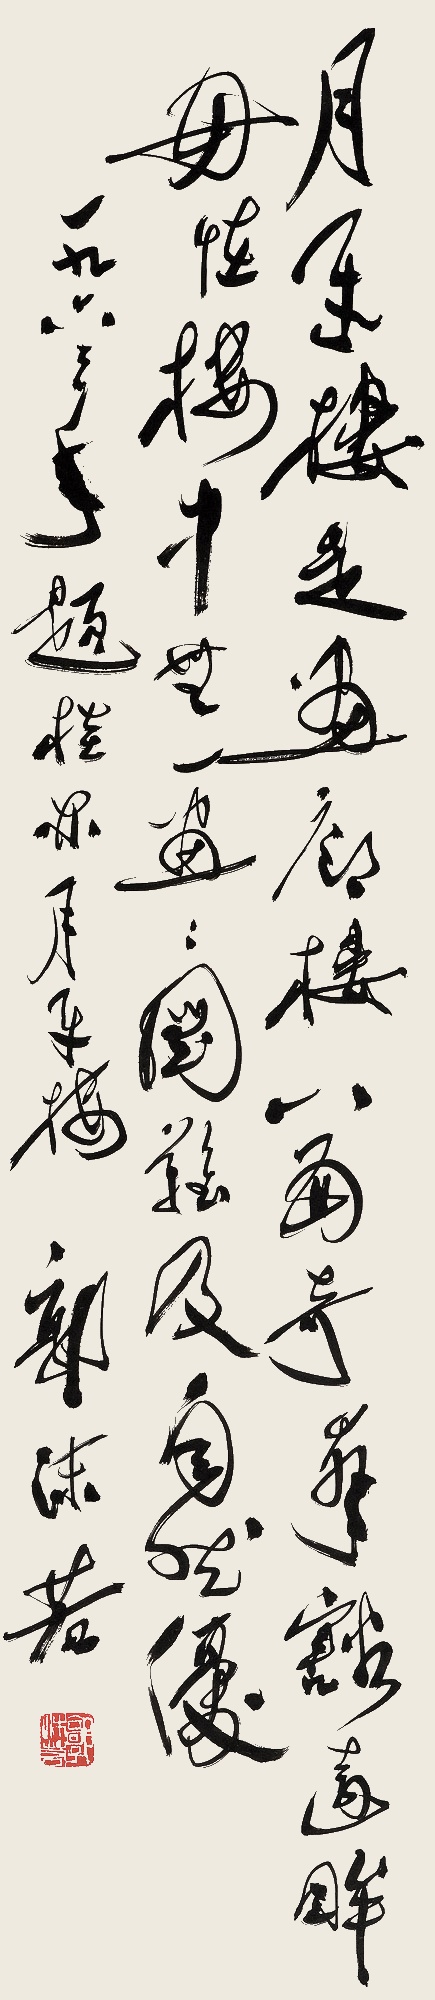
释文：月牙楼是画廊，楼八面奇峰豁远眸。毋怪楼中无一画，画图难及自然优。一九六三年春题桂林月牙楼。郭沫若。